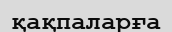
қақпаларға